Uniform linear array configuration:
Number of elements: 32
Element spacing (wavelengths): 0.75
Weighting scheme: binomial
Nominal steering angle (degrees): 45
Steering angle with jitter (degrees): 43.679
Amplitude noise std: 0.05
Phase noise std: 0.05

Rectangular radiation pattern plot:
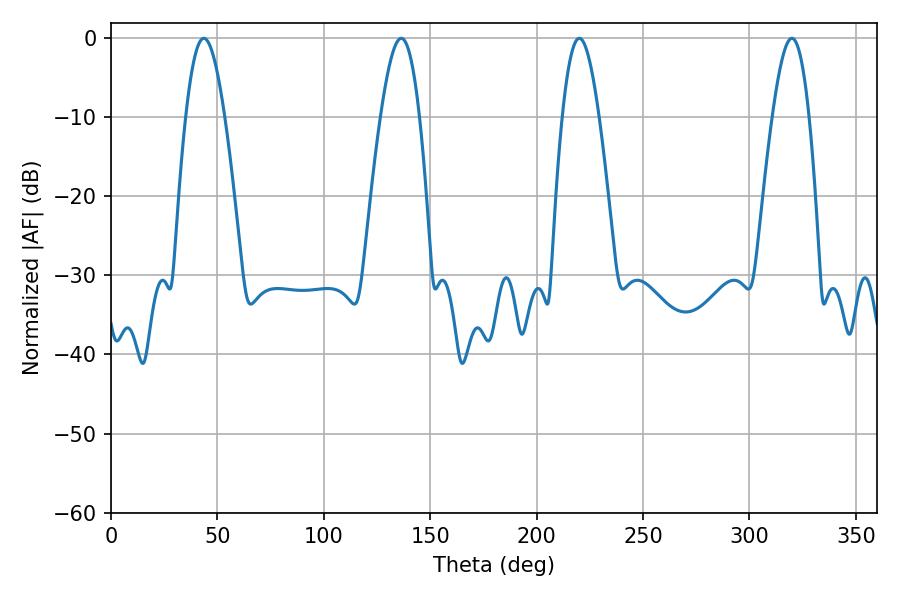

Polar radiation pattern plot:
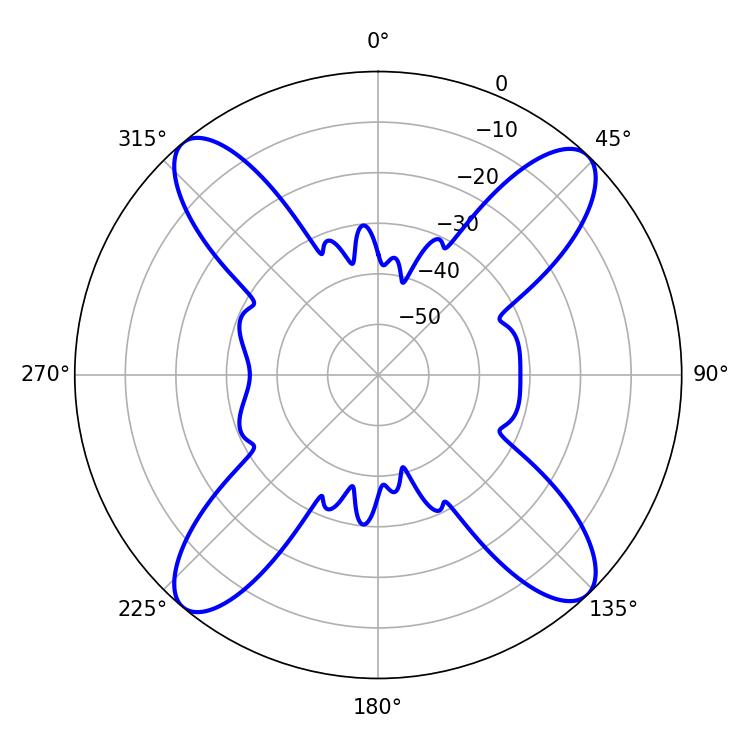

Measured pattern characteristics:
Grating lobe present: TRUE
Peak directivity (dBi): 18.17
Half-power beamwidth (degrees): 9.9
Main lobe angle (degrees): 43.56